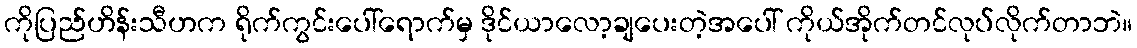
ကိုပြည်ဟိန်းသီဟက ရိုက်ကွင်းပေါ်ရောက်မှ ဒိုင်ယာလော့ချပေးတဲ့အပေါ် ကိုယ်အိုက်တင်လုပ်လိုက်တာဘဲ။